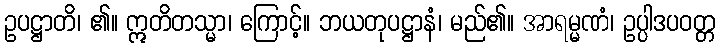
ဥပဋ္ဌာတိ၊ ၏။ ဣတိတသ္မာ၊ ကြောင့်။ ဘယတုပဋ္ဌာနံ၊ မည်၏။ အာရမ္မဏံ၊ ဥပ္ပါဒပဝတ္တ